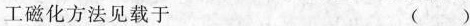
工磁化方法见载于 ( )